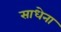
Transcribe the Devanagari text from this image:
साधेना